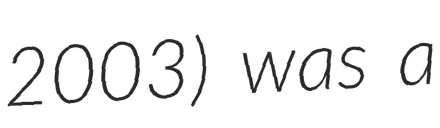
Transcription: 2003) was a